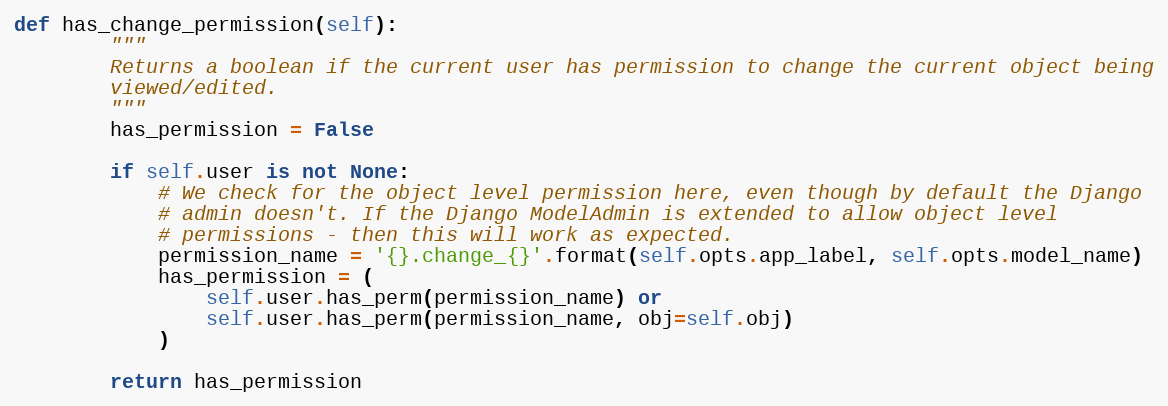
Language: Python
def has_change_permission(self):
        """
        Returns a boolean if the current user has permission to change the current object being
        viewed/edited.
        """
        has_permission = False

        if self.user is not None:
            # We check for the object level permission here, even though by default the Django
            # admin doesn't. If the Django ModelAdmin is extended to allow object level
            # permissions - then this will work as expected.
            permission_name = '{}.change_{}'.format(self.opts.app_label, self.opts.model_name)
            has_permission = (
                self.user.has_perm(permission_name) or
                self.user.has_perm(permission_name, obj=self.obj)
            )

        return has_permission